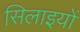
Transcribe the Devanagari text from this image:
सिलाइयों